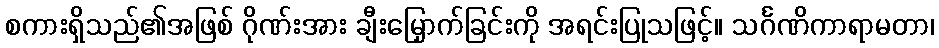
စကားရှိသည်၏အဖြစ် ဂိုဏ်းအား ချီးမြှောက်ခြင်းကို အရင်းပြုသဖြင့်။ သင်္ဂဏိကာရာမတာ၊